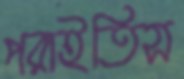
পরাইতিস